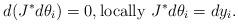
LaTeX: \begin{align*}d(J^*d\theta_i)=0,\mbox{locally } J^*d\theta_i=dy_i.\end{align*}